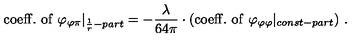
\mathrm { c o e f f . \ o f \ } \varphi _ { \varphi \pi } | _ { \frac { 1 } { r } - p a r t } = - \frac { \lambda } { 6 4 \pi } \cdot ( \mathrm { c o e f f . \ o f \ } \varphi _ { \varphi \varphi } | _ { c o n s t - p a r t } ) \ .